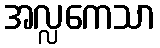
အလ္လကေသာ